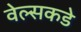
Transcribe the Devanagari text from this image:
वेल्सकडे